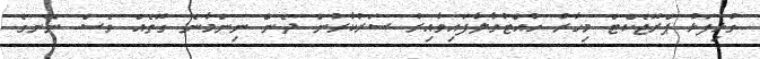
ގުޅިފަޅު ޕްރޮޖެކްޓް މިހާރު ހުއްޓުވާލާފައިވާއިރު ސަރުކާރުން ދެން ނިންމާނެ ގޮތެއް ވެސް ނޭނގެ